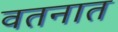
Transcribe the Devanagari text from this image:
वतनात